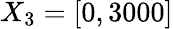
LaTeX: X_{3}=[0,3000]